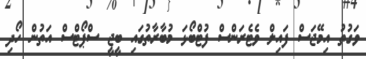
ވަގުތު އިމޭޖަސް ފައިލް ވެޓެރަންސް ފުޓްބޯޅަ މުބާރާތުގައި ބީޖީ ސްޕޯޓްސް އަތުން ހޯދި